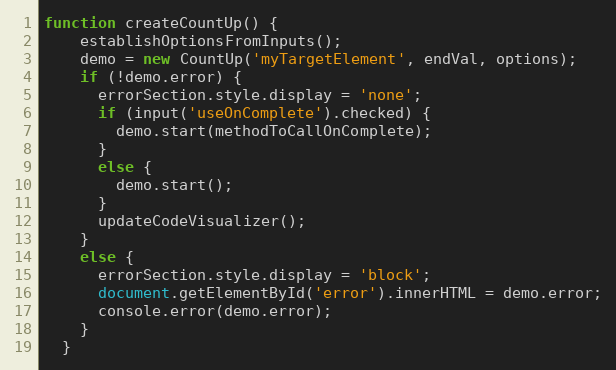
Language: JavaScript
function createCountUp() {
    establishOptionsFromInputs();
    demo = new CountUp('myTargetElement', endVal, options);
    if (!demo.error) {
      errorSection.style.display = 'none';
      if (input('useOnComplete').checked) {
        demo.start(methodToCallOnComplete);
      }
      else {
        demo.start();
      }
      updateCodeVisualizer();
    }
    else {
      errorSection.style.display = 'block';
      document.getElementById('error').innerHTML = demo.error;
      console.error(demo.error);
    }
  }